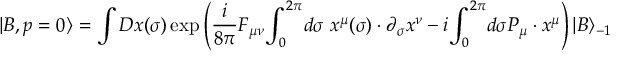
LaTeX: | B , p = 0 \rangle = \int D x ( \sigma ) \exp \left( { \frac { i } { 8 \pi } } F _ { \mu \nu } { \int _ { 0 } } ^ { 2 \pi } d \sigma ~ x ^ { \mu } ( \sigma ) \cdot \partial _ { \sigma } x ^ { \nu } - i { \int _ { 0 } } ^ { 2 \pi } d \sigma P _ { \mu } \cdot x ^ { \mu } \right) | B \rangle _ { - 1 }